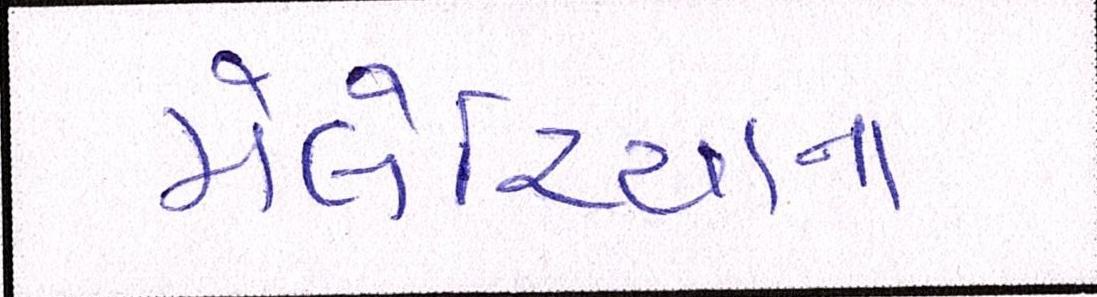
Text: મેલેરિયાના